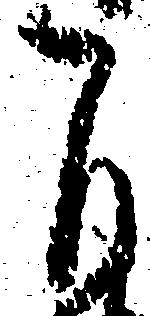
自